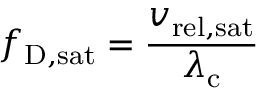
f _ { \mathrm { { D , s a t } } } = { \frac { v _ { \mathrm { { r e l , s a t } } } } { \lambda _ { \mathrm { { c } } } } }